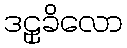
ဒဠှခိလော